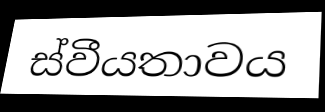
ස්වීයතාවය